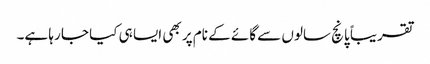
تقریباً پانچ سالوں سے گائے کے نام پر بھی ایسا ہی کیا جا رہا ہے۔